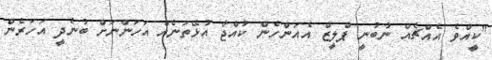
"ކީއްވެ އެއްޗެއް ނުބުނީ ޕްލީޒް އެއަންހެން ކުއްޖާ އުޅޭތަނެއް އަހަންނަށް ބުނެދީ އަހަރެން